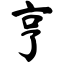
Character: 亨